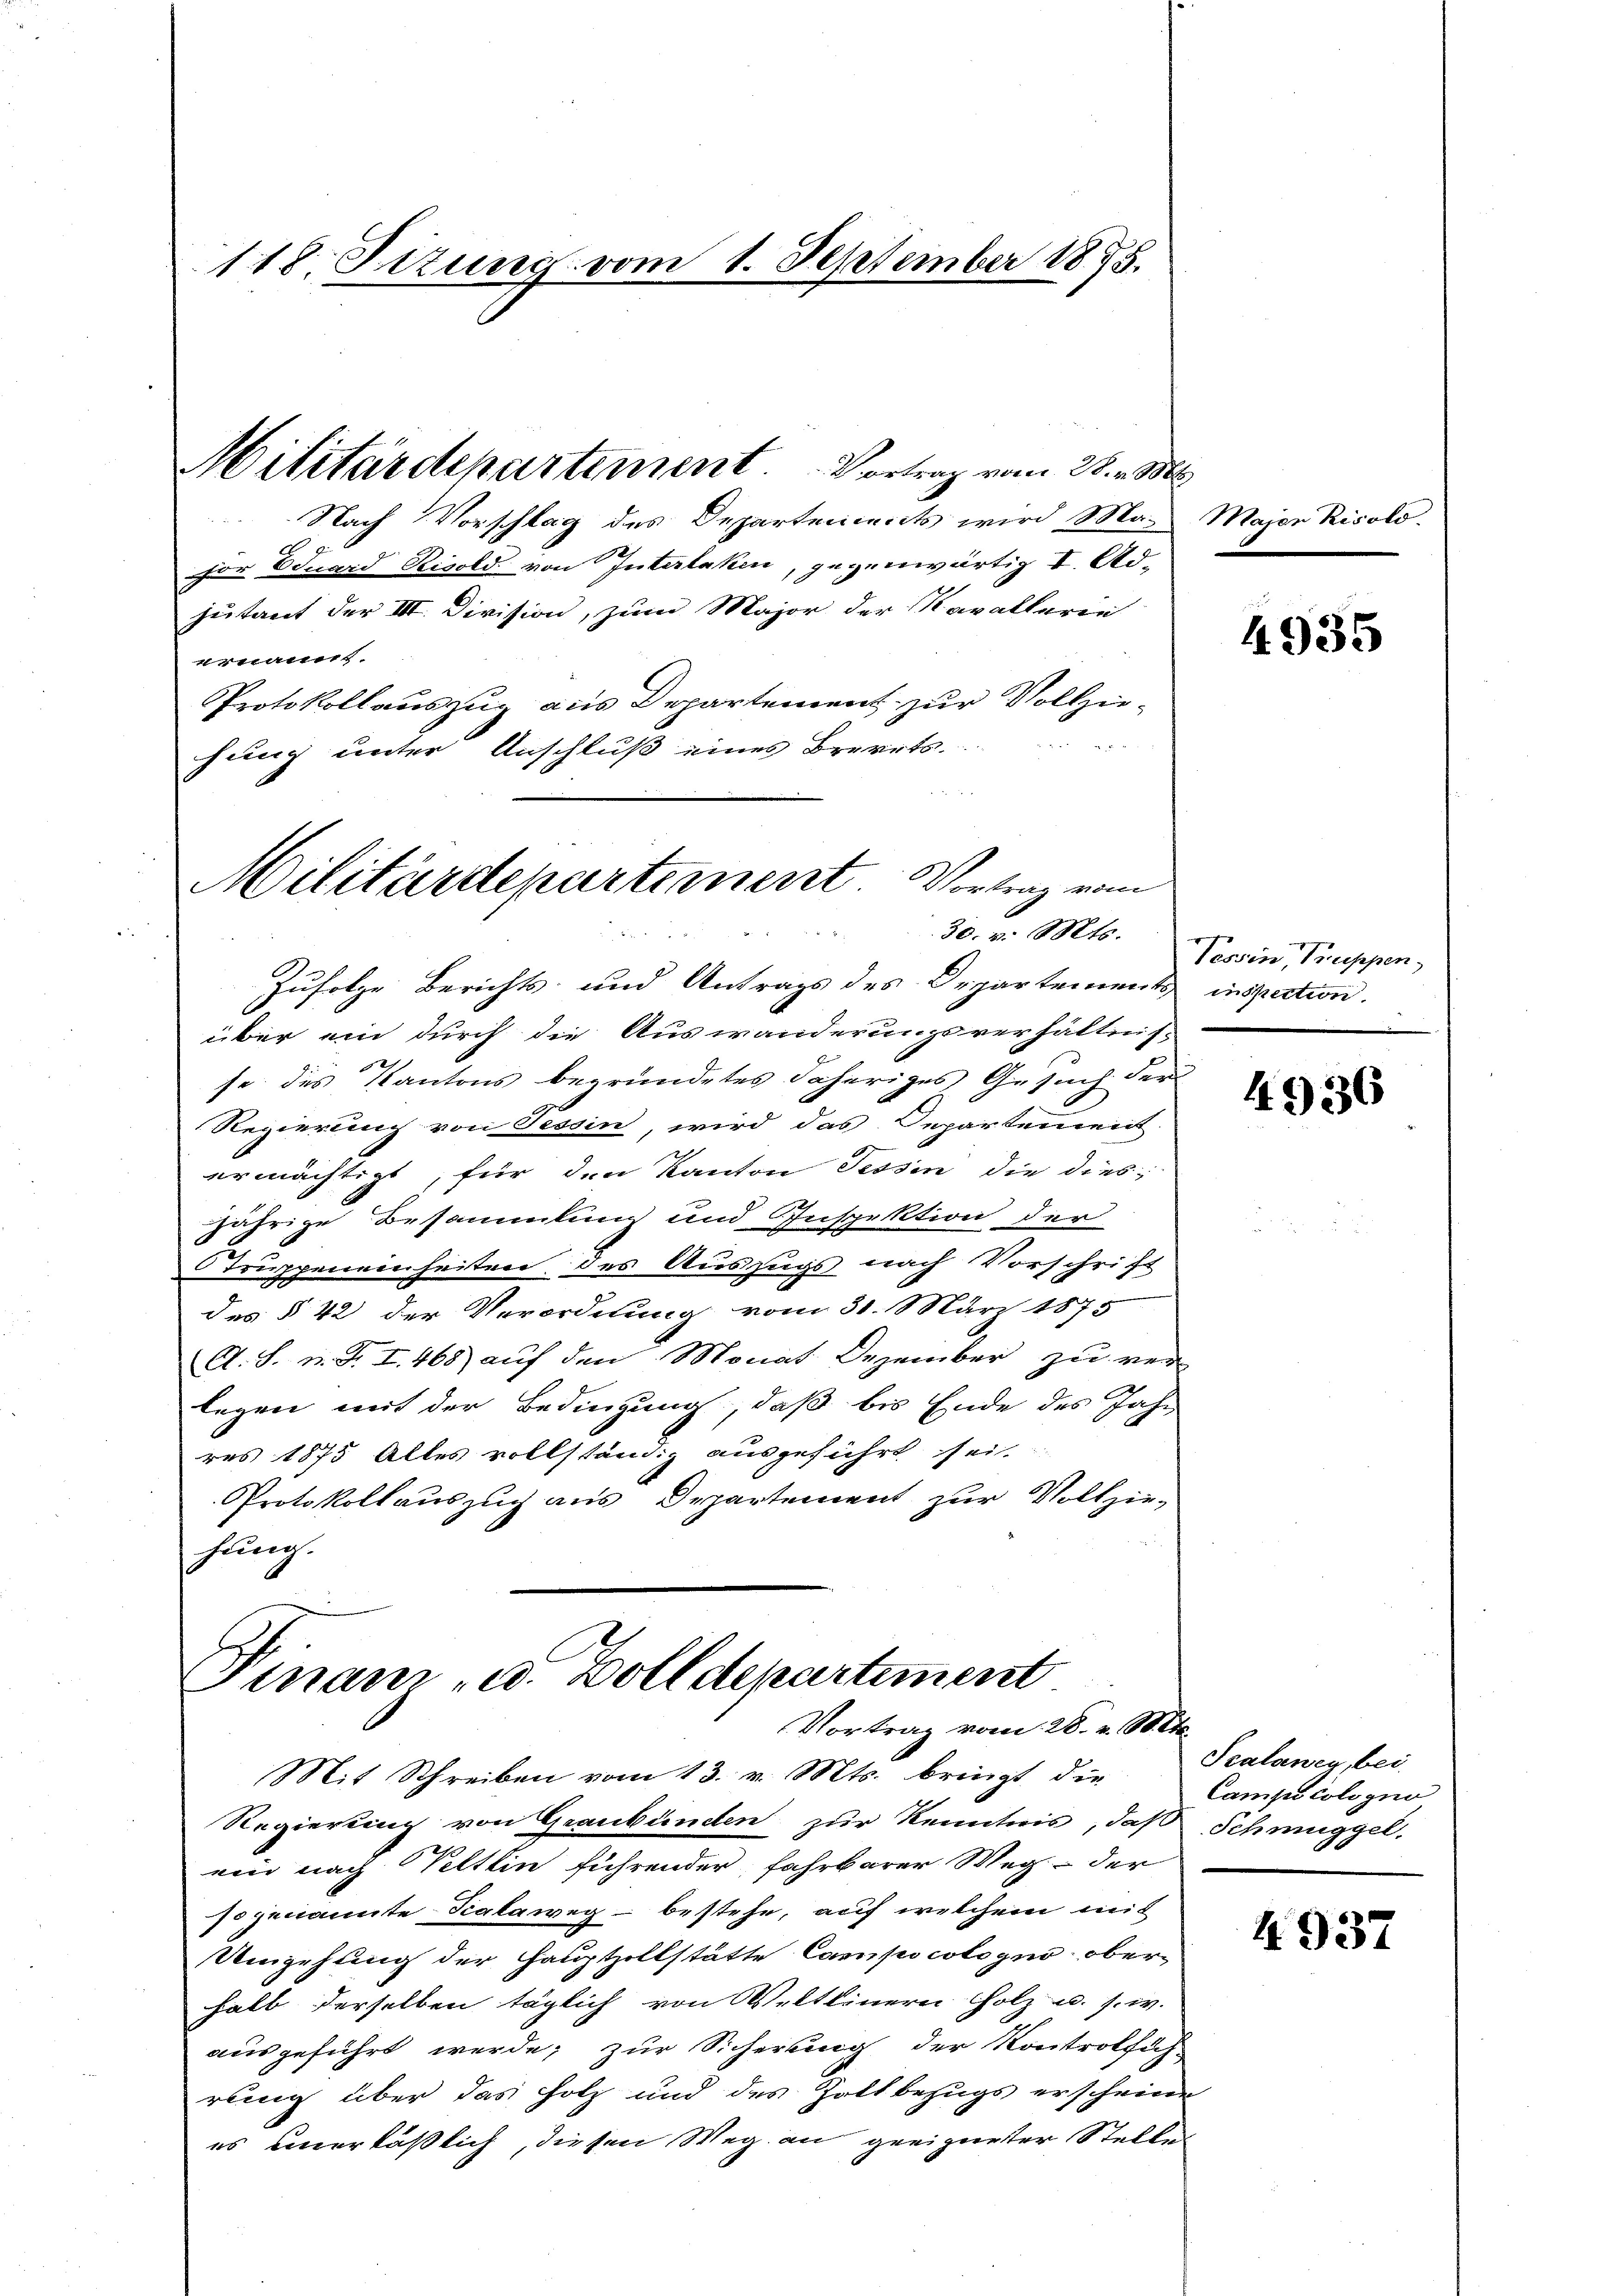
118. Sizung vom 1. September 1875.

Militärdepartement Vortrag vom 28. v. M.
Nach Vorschlag des Departements wird Maher Eduard Risold von Interlaken, gegenwärtig I. Adzutant der III. Division, zum Major der Mavallerie
ernannt.
Protokollauszug aus Departement zur Vollziehung unter Anschluß eines Breerts.
Zufolge Berichts und Antrags des Departements inspection.
über ein durch die Auswanderungsverhältnis-
se des Kantons begründetes daheriges Gesuch der
Regierung von Tessin, wird das Departement
ermächtigt, für den Kanton Tessin die diesjährige Besammlung und Inspektion der
Truppenenheiten des Auszugs nach Vorschrift
des § 42 der Verordnung vom 31. März 1875
A. S. n. F. I. 468) auf den Monat Dezember zu ver
legen mit der Bedingung, daß bis Ende des Jahr
res 1875 Alles vollständig ausgeführt sei.
Protokollauszug aus Departement zur Vollzie-
hung.

Militärdepartement Vortrag vom
30. v. Mts.

Finanz- u. Zolldepartement
Vortrag vom 28. v. Mts.

s
Majen Risold.

4935

Tessin, Truppen

Mit Schreiben vom 13. v. Mts. bringt die
Regierung von Graubünden zur Kenntnis, daß Schmuggel,
ein nach Veltlin führender, fahrbarer Weg der
so genannte Scalaweg – bestehe, auf welchem mit
Umgehung der Hauptzillstätte Compo cologno oberhalb derselben täglich von Weltlinern Holz u. s. w.
ausgeführt werde; zur Sicherung der Kontrolfüh-
rung über das Holz und des Zollbezugs erscheine
es unerläßlich, diesen Weg an geeigneter Stelle

4936

Scalaney, bei
Campicoli zur

4937